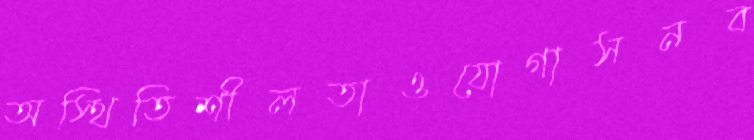
অস্থিতিশীলতাওযোগাসনব